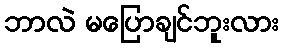
ဘာလဲ မပြောချင်ဘူးလား